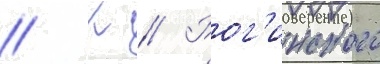
// К // Рог'инского